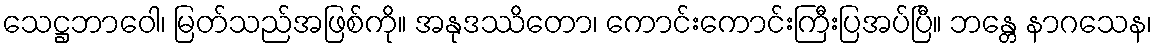
သေဋ္ဌဘာဝေါ၊ မြတ်သည်အဖြစ်ကို။ အနုဒဿိတော၊ ကောင်းကောင်းကြီးပြအပ်ပြီ။ ဘန္တေ နာဂသေန၊